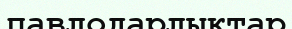
павлодарлықтар